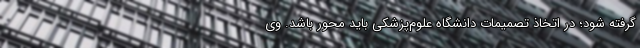
گرفته شود؛ در اتخاذ تصمیمات دانشگاه علوم‌پزشکی باید محور باشد. وی